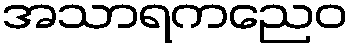
အသာရကညေဝ